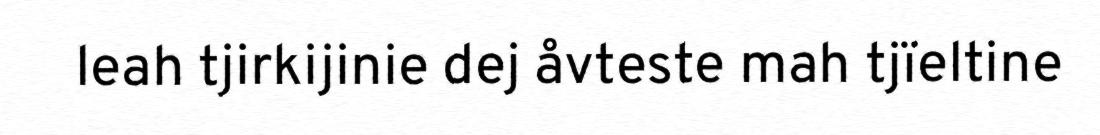
leah tjirkijinie dej åvteste mah tjïeltine